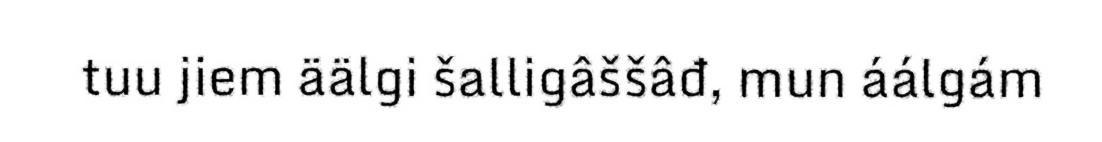
tuu jiem äälgi šalligâššâđ, mun áálgám